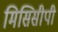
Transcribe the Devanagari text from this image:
मिसिसीपी